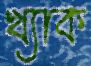
খ্যাক